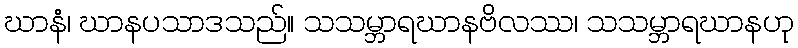
ဃာနံ၊ ဃာနပသာဒသည်။ သသမ္ဘာရဃာနဗိလဿ၊ သသမ္ဘာရဃာနဟု